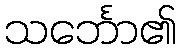
သင်္ဘော၏